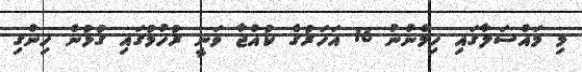
މި މައްސަލާގައި ހިމެނުނު 16 އަހަރުގެ ކުއްޖާ ވަނީ ރުހުމުގައި ގުޅުން ހިންގި